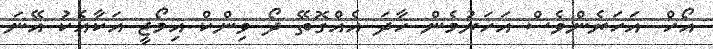
އޯހް. އަހަރެންވެސް އަހަރުމެން ހާދަ އެއްގޮތޭ ދޯ ވިންކް އިމޯޖީ އަކާއެކު އޭނަ